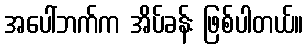
အပေါ်ဘက်က အိပ်ခန်း ဖြစ်ပါတယ်။